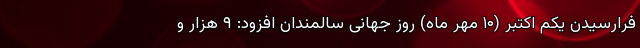
فرارسیدن یکم اکتبر (۱۰ مهر ماه) روز جهانی سالمندان افزود: ۹ هزار و